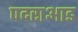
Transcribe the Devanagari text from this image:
पदराआड